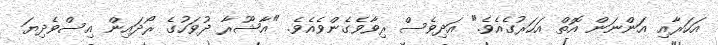
އަހަރާއި އަންނަން އޮތް އަހަރުގެއެވެ." އަދިވެސް ރިވާވެގެންވެއެވެ. "ޢާޝޫރާ ދުވަހުގެ ރޯދައިން އިސްވެދިޔަ